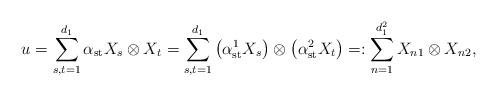
LaTeX: \begin{align*} u=\sum_{s,t=1}^{d_1}\alpha_{\mathrm{st}}X_s\otimes X_t=\sum_{s,t=1}^{d_1}\big(\alpha_{\mathrm{st}}^1X_s\big)\otimes\big(\alpha_{\mathrm{st}}^2 X_t\big)=:\sum_{n=1}^{d_1^2}X_{n1}\otimes X_{n2}, \end{align*}